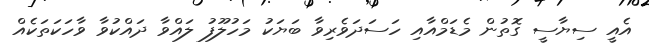
އެއީ ސިޔާސީ ގޮތުން މެޑަމްއާއި ހަސަދަވެރިވާ ބަޔަކު މަހުލޫފު ލައްވާ ދައްކުވާ ވާހަކަތަކެއް